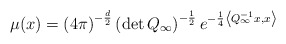
\begin{align*} \mu(x)=\left(4\pi\right)^{-\frac{d}{2}}\left(\det Q_{\infty}\right)^{-\frac{1}{2}} e^{-\frac{1}{4}\left\langle Q_{\infty}^{-1}x,x\right\rangle}\end{align*}